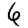
Digit: 6